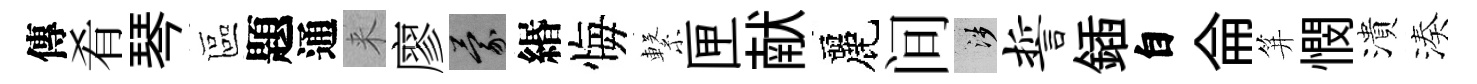
傳肴琴區題通来廖蒙緡悔繋匣献麗间涉誓鍤自侖笄憫潰湊